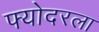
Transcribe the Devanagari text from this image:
फ्योदरला